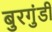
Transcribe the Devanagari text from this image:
बुरगुंडी